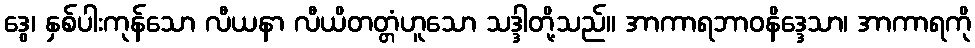
ဒွေ၊ နှစ်ပါးကုန်သော လီယနာ လီယိတတ္တံဟူသော သဒ္ဒါတို့သည်။ အာကာရဘာဝနိဒ္ဒေသာ၊ အာကာရကို